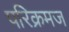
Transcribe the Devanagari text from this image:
परिक्रमज